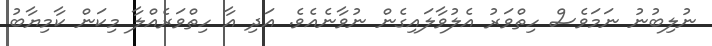
ނުލިބުނު ނަމަވެސް ހިތްވަރު އެލުވާލައިގެން ނުވާނެއެވެ. އަދި އާ ހިތްވަރެއްލާ މިކަން ކާމިޔާބު